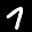
Label: 7